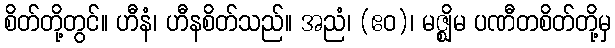
စိတ်တို့တွင်။ ဟီနံ၊ ဟီနစိတ်သည်။ အညံ၊ (ဧဝ)၊ မဇ္ဈိမ ပဏီတစိတ်တို့မှ